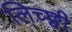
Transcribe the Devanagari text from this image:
लिच्छ्वी